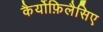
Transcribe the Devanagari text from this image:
कैर्योफ़िलैसिए